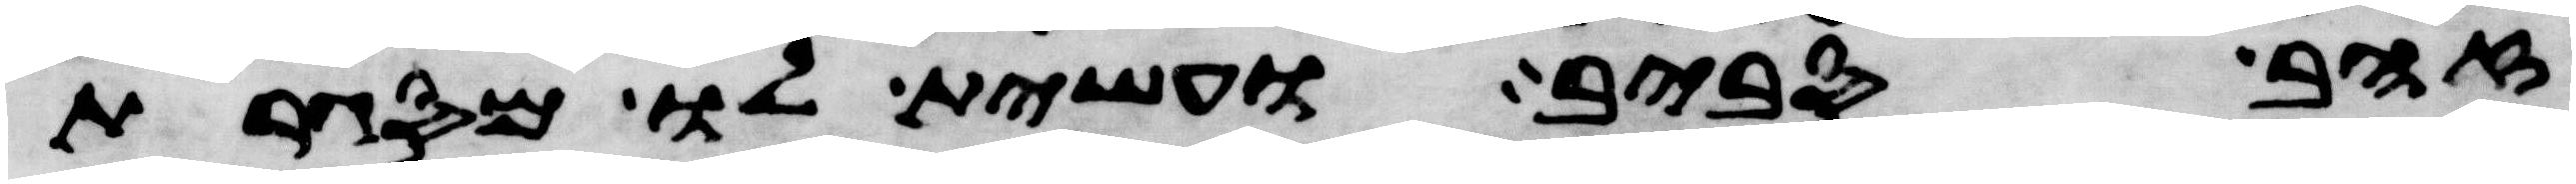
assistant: זהב סביב ועשית לו מסגרת